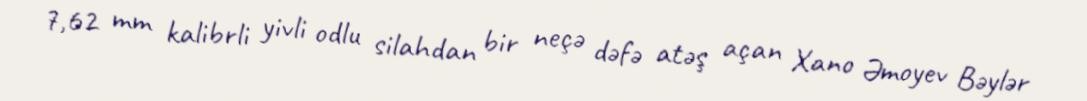
7,62 mm kalibrli yivli odlu silahdan bir neçə dəfə atəş açan Xano Əmoyev Bəylər